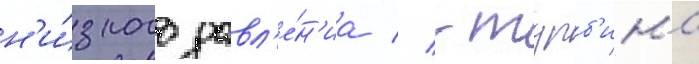
н'и́зкого давл'е́н'иа // -турб'ина